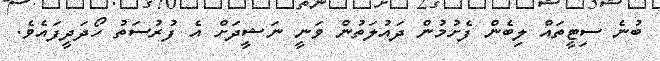
ބުނެ ސިޓީތައް ލިބެން ފެށުމުން ދައުލަތުން ވަނީ ނަޝީދަށް އެ ފުރުސަތު ހޯދަދީފައެވެ.